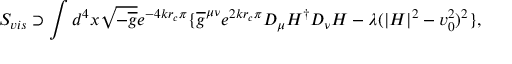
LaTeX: S _ { v i s } \supset \int d ^ { 4 } x \sqrt { - \overline { { { g } } } } e ^ { - 4 k r _ { c } \pi } \{ \overline { { { g } } } ^ { \mu \nu } e ^ { 2 k r _ { c } \pi } D _ { \mu } H ^ { \dagger } D _ { \nu } H - \lambda ( | H | ^ { 2 } - v _ { 0 } ^ { 2 } ) ^ { 2 } \} ,